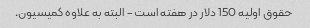
حقوق اولیه 150 دلار در هفته است - البته به علاوه کمیسیون.